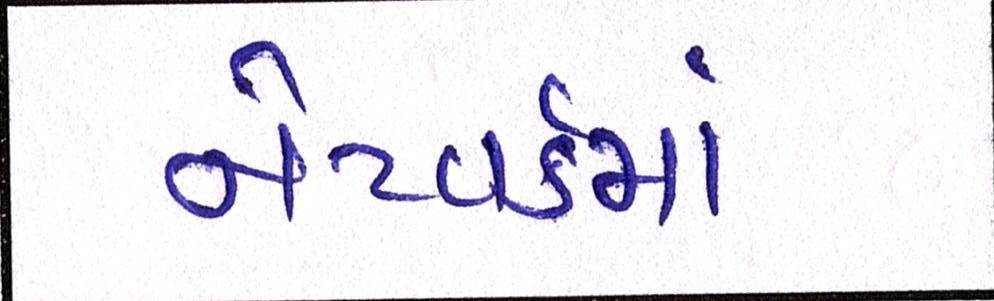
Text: નેટવર્કમાં